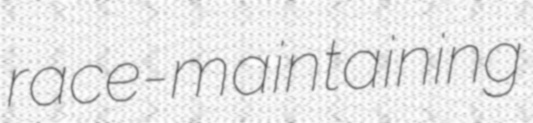
race-maintaining